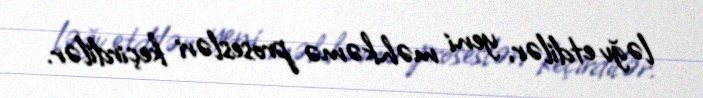
ləğv etdilər, yeni məhkəmə prosesləri keçirdilər.